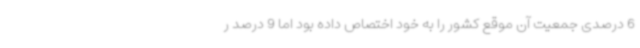
6 درصدی جمعیت آن موقع کشور را به خود اختصاص داده بود اما 9 درصد ر